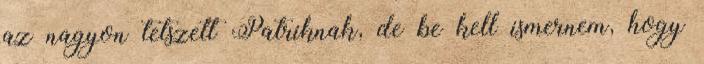
az nagyon tetszett Patriknak, de be kell ismernem, hogy